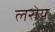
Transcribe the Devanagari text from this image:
लरोय